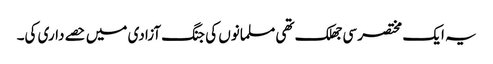
یہ ایک مختصر سی جھلک تھی مسلمانوں کی جنگ آزادی میں حصے داری کی۔